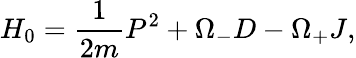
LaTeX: H_{0}=\frac{1}{2m}P^{2}+\Omega_{-}D-\Omega_{+}J,